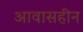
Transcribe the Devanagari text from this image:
आवासहीन